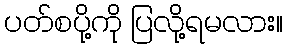
ပတ်စပို့ကို ပြလို့ရမလား။